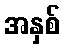
အနှစ်